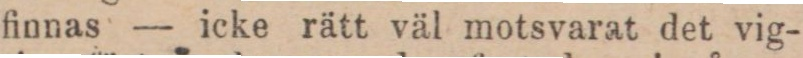
skan, tog den män från alla skiftningar af